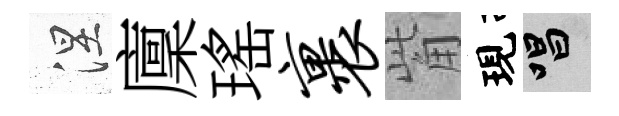
涅廩瑤裹觜現唱